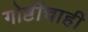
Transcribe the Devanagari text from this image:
गोष्टींचाही